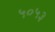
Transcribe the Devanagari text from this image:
५०५३